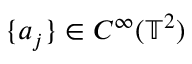
\{ a _ { j } \} \in C ^ { \infty } ( \mathbb { T } ^ { 2 } )